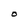
Character: O